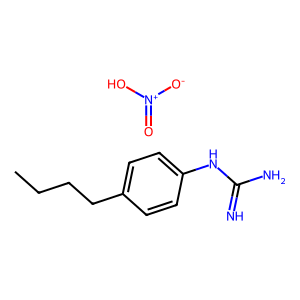
SMILES: CCCCc1ccc(NC(=N)N)cc1.O=[N+]([O-])O
Inhibits HIV replication: No